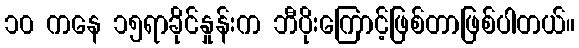
၁၀ ကနေ ၁၅ရာခိုင်နှုန်းက ဘီပိုးကြောင့်ဖြစ်တာဖြစ်ပါတယ်။